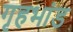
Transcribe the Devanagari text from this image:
गृहभांड